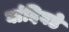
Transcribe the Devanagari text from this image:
बांदिवडे